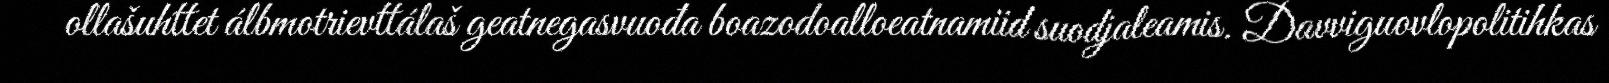
ollašuhttet álbmotrievttálaš geatnegasvuođa boazodoalloeatnamiid suodjaleamis. Davviguovlopolitihkas